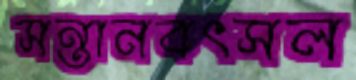
সন্তানবৎসল